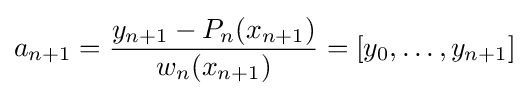
a_{n+1}={y_{n+1}-P_{n}(x_{n+1}) \over w_{n}(x_{n+1})}=[y_{0},\ldots ,y_{n+1}]